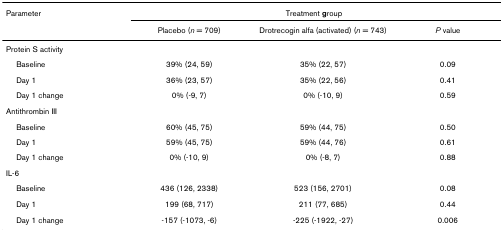
| Parameter | <COLSPAN=3> Treatment group |
 |  | Placebo (n = 709) | Drotrecogin alfa (activated) (n = 743) | P value |
 | --- | --- | --- | --- |
 | <COLSPAN=4> Protein S activity |
 | Baseline | 39% (24, 59) | 35% (22, 57) | 0.09 |
 | Day 1 | 36% (23, 57) | 35% (22, 56) | 0.41 |
 | Day 1 change | 0% (-9, 7) | 0% (-10, 9) | 0.59 |
 | <COLSPAN=4> Antithrombin III |
 | Baseline | 60% (45, 75) | 59% (44, 75) | 0.50 |
 | Day 1 | 59% (45, 75) | 59% (44, 76) | 0.61 |
 | Day 1 change | 0% (-10, 9) | 0% (-8, 7) | 0.88 |
 | <COLSPAN=4> IL-6 |
 | Baseline | 436 (126, 2338) | 523 (156, 2701) | 0.08 |
 | Day 1 | 199 (68, 717) | 211 (77, 685) | 0.44 |
 | Day 1 change | -157 (-1073, -6) | -225 (-1922, -27) | 0.006 |